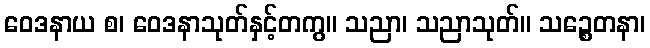
ဝေဒနာယ စ၊ ဝေဒနာသုတ်နှင့်တကွ။ သညာ၊ သညာသုတ်။ သဉ္စေတနာ၊